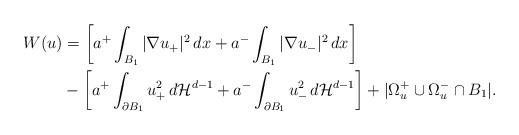
LaTeX: \begin{align*}W(u)&=\left[a^+\int_{B_1}|\nabla u_+|^2\,dx+a^-\int_{B_1}|\nabla u_-|^2\,dx\right]\\&-\left[a^+\int_{\partial B_1}u_+^2\,d\mathcal H^{d-1}+a^-\int_{\partial B_1}u_-^2\,d\mathcal H^{d-1}\right]+|\Omega_u^+\cup\Omega_u^-\cap B_1|.\end{align*}